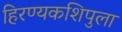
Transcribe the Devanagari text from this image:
हिरण्यकशिपुला